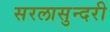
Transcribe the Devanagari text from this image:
सरलासुन्दरी